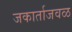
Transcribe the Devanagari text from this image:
जकार्ताजवळ